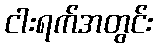
ငါးရက်အတွင်း